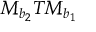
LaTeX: M _ { b _ { 2 } } T M _ { b _ { 1 } }